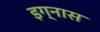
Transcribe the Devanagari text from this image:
इग्नास